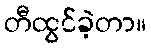
တီထွင်ခဲ့တာ။